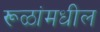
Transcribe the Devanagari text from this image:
रूळांमधील